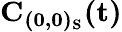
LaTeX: \mathbf{C_{(0,0)_{S}}(t)}